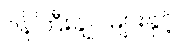
ဝန်ကြီးချုပ်များနှင့်